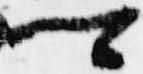
卿